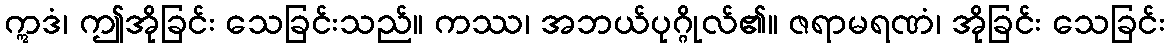
ဣဒံ၊ ဤအိုခြင်း သေခြင်းသည်။ ကဿ၊ အဘယ်ပုဂ္ဂိုလ်၏။ ဇရာမရဏံ၊ အိုခြင်း သေခြင်း